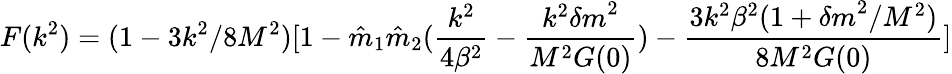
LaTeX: F(k^{2})=(1-3k^{2}/8M^{2})[1-{\hat{m}}_{1}{\hat{m}}_{2}({\frac{k^{2}}{4\beta^{2}}}-{\frac{k^{2}{\delta m}^{2}}{M^{2}G(0)}})-{\frac{3k^{2}\beta^{2}(1+{\delta m}^{2}/M^{2})}{8M^{2}G(0)}}]